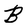
Character: B